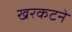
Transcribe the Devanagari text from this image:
खरकटने